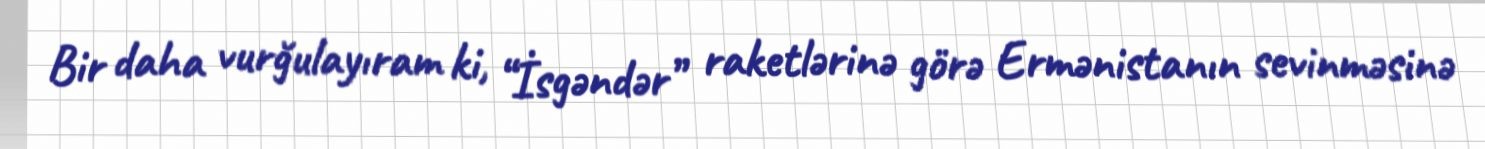
Bir daha vurğulayıram ki, “İsgəndər” raketlərinə görə Ermənistanın sevinməsinə